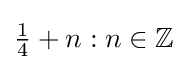
{\tfrac {1}{4}}+n:n\in \mathbb {Z}